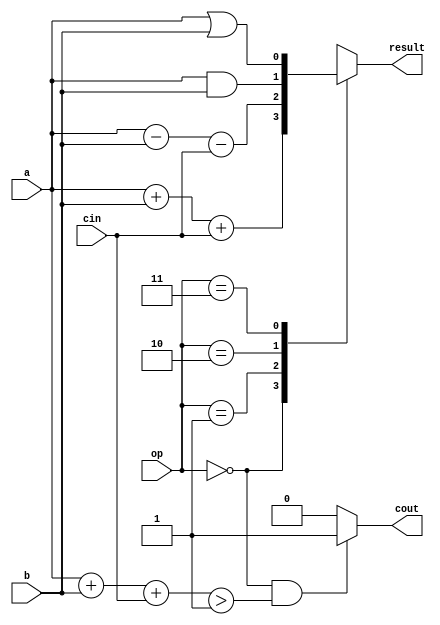
module alu(
    input wire [1:0] op,
    input wire a,
    input wire b,
    input wire cin,
    output reg cout,
    output reg result
);

always @(*) begin
    case(op)
        2'b00: result = a + b + cin;
        2'b01: result = a - b - cin;
        2'b10: result = a & b;
        2'b11: result = a | b;
    endcase
end

assign cout = (op == 2'b00 && (a + b + cin > 1)) ? 1 : 0;

endmodule